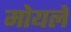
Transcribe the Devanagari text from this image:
मोयले